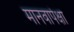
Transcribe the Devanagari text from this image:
मानवापेक्षा